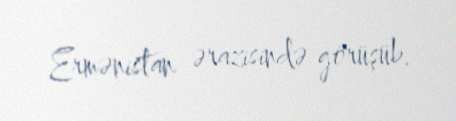
Ermənistan ərazisində görüşüb.